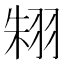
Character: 𦐨